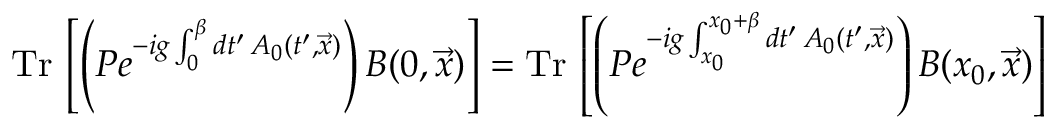
\mathrm { T r } \, \left[ \left( P e ^ { - i g \int _ { 0 } ^ { \beta } d t ^ { \prime } \, A _ { 0 } ( t ^ { \prime } , \vec { x } ) } \right) B ( 0 , \vec { x } ) \right] = \mathrm { T r } \, \left[ \left( P e ^ { - i g \int _ { x _ { 0 } } ^ { x _ { 0 } + \beta } d t ^ { \prime } \, A _ { 0 } ( t ^ { \prime } , \vec { x } ) } \right) B ( x _ { 0 } , \vec { x } ) \right]